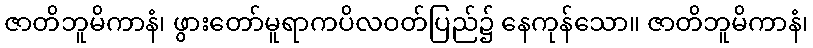
ဇာတိဘူမိကာနံ၊ ဖွားတော်မူရာကပိလဝတ်ပြည်၌ နေကုန်သော။ ဇာတိဘူမိကာနံ၊